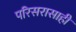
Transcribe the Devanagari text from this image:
परिसरासाही